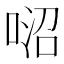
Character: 𠶕